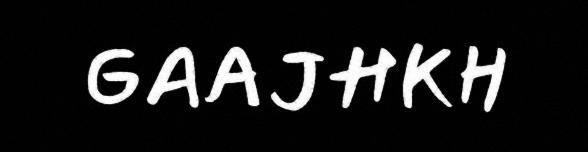
GAAJHKH